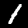
Label: 1